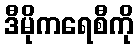
ဒီမိုကရေစီကို